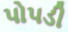
પોપડી